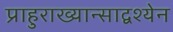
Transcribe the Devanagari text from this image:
प्राहुराख्यान्साद्वश्येन